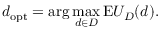
d _ { \mathrm { o p t } } = \arg \operatorname* { m a x } _ { d \in D } { \mathrm { E } } U _ { D } ( d ) .